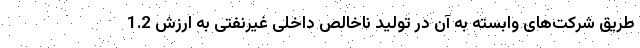
طریق شرکت‌های وابسته به آن در تولید ناخالص داخلی غیرنفتی به ارزش 1.2